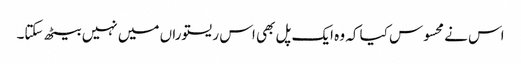
اس نے محسوس کیا کہ وہ ایک پل بھی اس ریستوراں میں نہیں بیٹھ سکتا۔